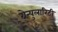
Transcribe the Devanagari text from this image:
ग्रेन्युलारिटी